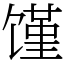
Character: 馑